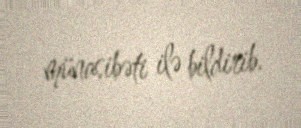
münasibəti ilə bildirib.